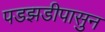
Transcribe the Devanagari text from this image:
पडझडीपासुन